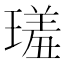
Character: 𤨩